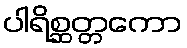
ပါရိစ္ဆတ္တကော